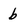
Character: b